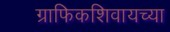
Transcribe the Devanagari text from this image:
ग्राफिकशिवायच्या